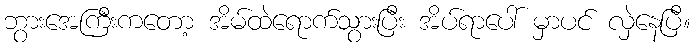
ဘွားအေကြီးကတော့ အိမ်ထဲရောက်သွားပြီး အိပ်ရာပေါ် မှာပင် လှဲနေပြီ။